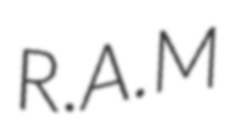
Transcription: R.A.M